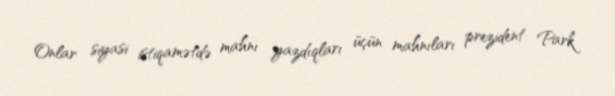
Onlar siyasi istiqamətdə mahnı yazdıqları üçün mahnıları prezident Park